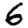
Digit: 6